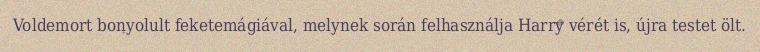
Voldemort bonyolult feketemágiával, melynek során felhasználja Harry vérét is, újra testet ölt.